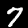
Label: 7